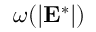
\omega ( | \mathbf { E } ^ { * } | )